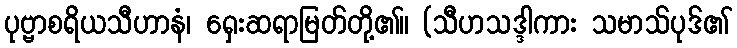
ပုဗ္ဗာစရိယသီဟာနံ၊ ရှေးဆရာမြတ်တို့၏။ (သီဟသဒ္ဒါကား သမာသ်ပုဒ်၏